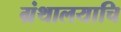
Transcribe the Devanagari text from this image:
ग्रंथालयाचि